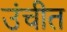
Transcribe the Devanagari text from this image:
उंचीत